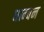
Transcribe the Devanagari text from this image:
धान्वन